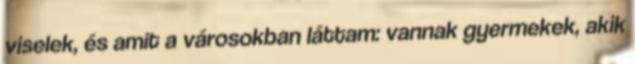
viselek, és amit a városokban láttam: vannak gyermekek, akik